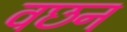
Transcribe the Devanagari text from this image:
वछन